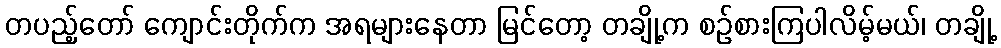
တပည့်တော် ကျောင်းတိုက်က အရများနေတာ မြင်တော့ တချို့က စဉ်စားကြပါလိမ့်မယ်၊ တချို့